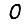
Digit: 0